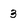
Character: 3